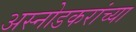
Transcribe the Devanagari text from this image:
अस्नोडकरांच्या